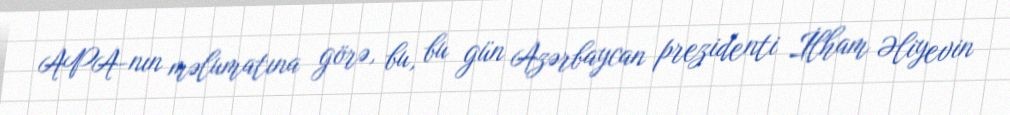
APA-nın məlumatına görə, bu, bu gün Azərbaycan prezidenti İlham Əliyevin